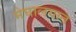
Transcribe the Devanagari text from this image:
मेघालयात